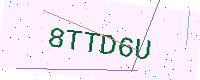
Text: 8TTD6U